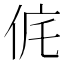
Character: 侂